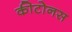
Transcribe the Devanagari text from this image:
कीटोनस